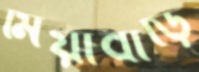
মিয়াবাড়ি